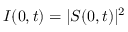
I ( 0 , t ) = \lvert S ( 0 , t ) \rvert ^ { 2 }